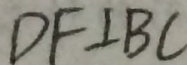
D F \bot B C